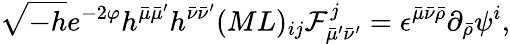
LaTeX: \sqrt{-h}e^{-2\varphi}h^{\bar{\mu}\bar{\mu}^{\prime}}h^{\bar{\nu}\bar{\nu}^{\prime}}(ML)_{ij}{\cal F}_{\bar{\mu}^{\prime}\bar{\nu}^{\prime}}^{j}=\epsilon^{\bar{\mu}\bar{\nu}\bar{\rho}}\partial_{\bar{\rho}}\psi^{i},